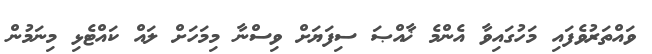
ވައްތަރުވެފައި މަހުގައިވާ އެންމެ ޚާއްޞަ ސިފަޔަށް ވިސްނާ މިމަހަށް ލައް ކައްޓެޅި މިނަމުން